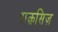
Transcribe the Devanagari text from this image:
शक़सिज़